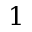
1